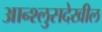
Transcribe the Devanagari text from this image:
आन्श्लुसदेखील